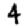
Digit: 4